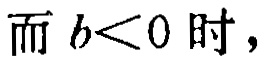
而 \(b<0\) 时，